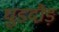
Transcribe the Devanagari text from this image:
घुडदौड़